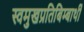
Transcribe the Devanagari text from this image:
स्वमुखप्रतिबिम्बार्थी